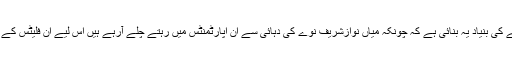
جج صاحب نے اِس فیصلے کی بنیاد یہ بنائی ہے کہ چونکہ میاں نوازشریف نوّے کی دہائی سے اِن اپارٹمنٹس میں رہتے چلے آرہے ہیں اِس لیے اِن فلیٹس کے حقیقی مالک بھی وہی ہیں۔